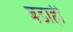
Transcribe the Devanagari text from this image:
बडाही